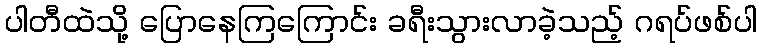
ပါတီထဲသို့ ပြောနေကြကြောင်း ခရီးသွားလာခဲ့သည့် ဂရပ်ဖစ်ပါ